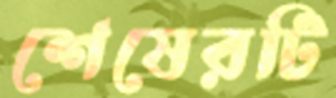
শেষেরটি